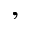
,